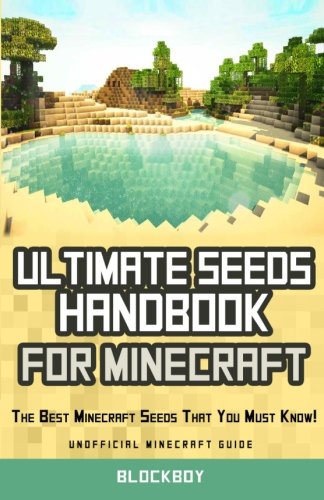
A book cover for Ultimate Seeds Handbook for Minecraft: The Best Minecraft Seeds That You Must Know: Unofficial Minecraft Guide; BlockBoy; Humor & Entertainment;